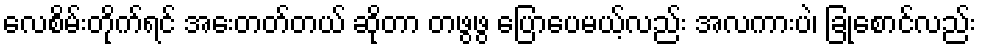
လေစိမ်းတိုက်ရင် အေးတတ်တယ် ဆိုတာ တဖွဖွ ပြောပေမယ့်လည်း အလကားပဲ၊ ခြုံစောင်လည်း